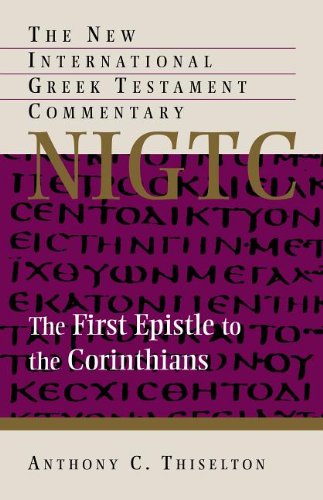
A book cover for The First Epistle to the Corinthians (The New International Greek Testament Commentary); Anthony C. Thiselton; Christian Books & Bibles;